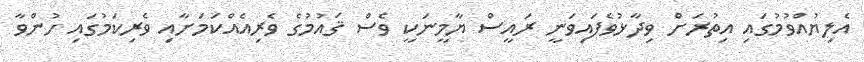
އެލިޔުއްވުމުގައި އިތުރަށް ވިދާޅުވެފައިވަނީ ރައީސް ޔާމީނަކީ ވެސް ޤައުމުގެ ވެރިއެއްކަމަށާއި ވެރިކަމުގައި ހުންވާ